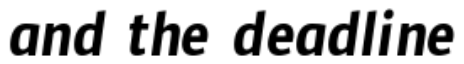
and the deadline